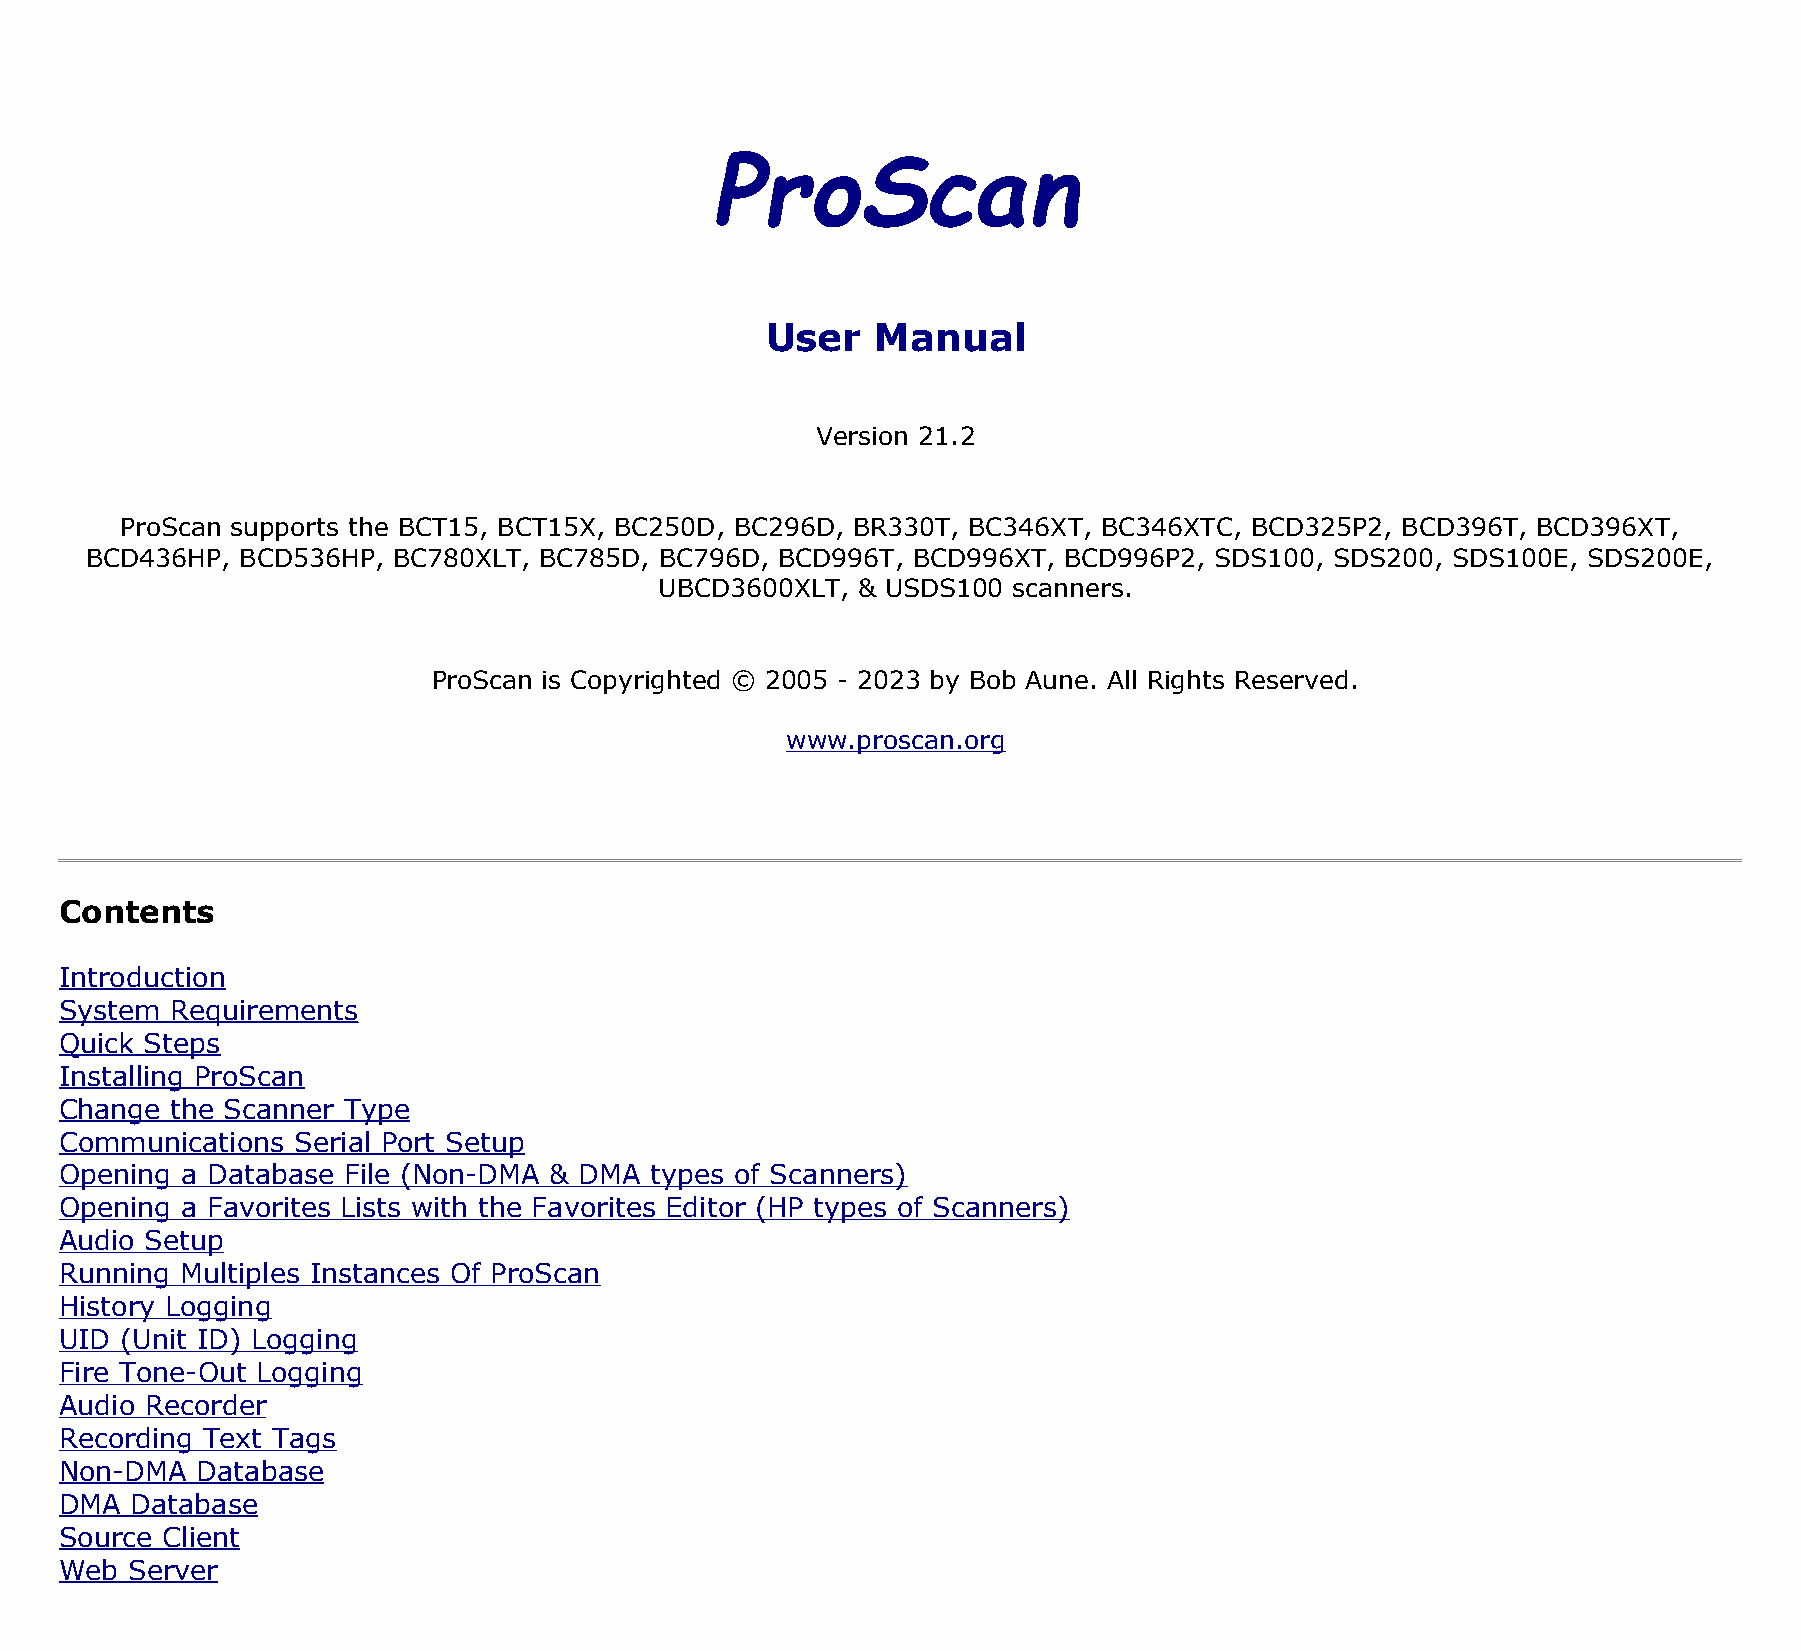
ProScan
 User   Manual
 Version 21.2
 ProScan supports the BCT15, BCT15X, BC250D, BC296D, BR330T, BC346XT, BC346XTC, BCD325P2, BCD396T, BCD396XT,
 BCD436HP, BCD536HP, BC780XLT, BC785D, BC796D, BCD996T, BCD996XT, BCD996P2, SDS100, SDS200, SDS100E, SDS200E,
 UBCD3600XLT, & USDS100 scanners.
 ProScan is Copyrighted © 2005 - 2023 by Bob Aune. All Rights Reserved.
 www.proscan.org
 Contents
 Introduction
 System Requirements
 Quick Steps
 Installing ProScan
 Change the Scanner Type
 Communications Serial Port Setup
 Opening a Database File (Non-DMA & DMA types of Scanners)
 Opening a Favorites Lists with the Favorites Editor (HP types of Scanners)
 Audio Setup
 Running Multiples Instances Of ProScan
 History Logging
 UID (Unit ID) Logging
 Fire Tone-Out Logging
 Audio Recorder
 Recording Text Tags
 Non-DMA  Database
 DMA  Database
 Source Client
 Web Server